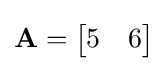
\mathbf {A} ={\begin{bmatrix}5&6\end{bmatrix}}